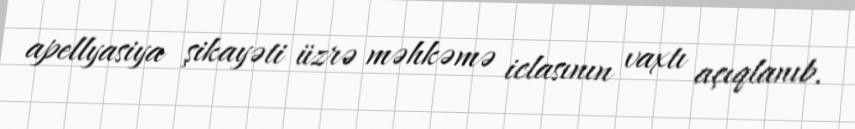
apellyasiya şikayəti üzrə məhkəmə iclasının vaxtı açıqlanıb.